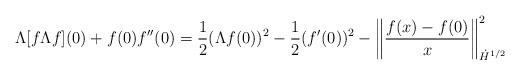
LaTeX: \begin{align*} \Lambda[f \Lambda f](0) + f(0) f''(0) = \frac 12( \Lambda f(0))^2 - \frac 12 (f'(0))^2 - \left\|\frac{f(x)-f(0)}{x}\right\|_{\dot H^{1/2}}^2\end{align*}